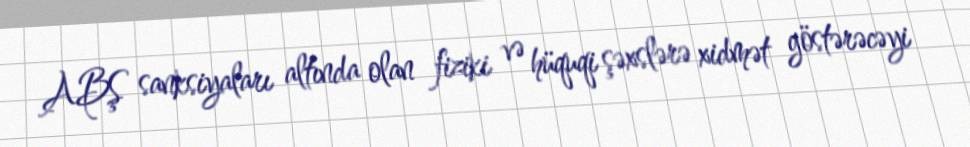
ABŞ sanksiyaları altında olan fiziki və hüquqi şəxslərə xidmət göstərəcəyi